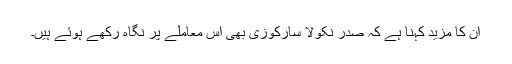
اُن کا مزید کہنا ہے کہ صدر نکولا سارکوزی بھی اِس معاملے پر نگاہ رکھے ہوئے ہیں۔